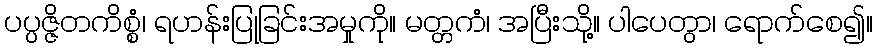
ပပ္ပဇ္ဇိတကိစ္စံ၊ ရဟန်းပြုခြင်းအမှုကို။ မတ္တကံ၊ အပြီးသို့။ ပါပေတွာ၊ ရောက်စေ၍။